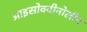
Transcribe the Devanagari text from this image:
आइसोक्वीनोलीन